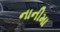
નાનીમા